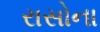
રાસોના